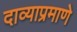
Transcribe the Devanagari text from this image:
दाव्याप्रमाणे